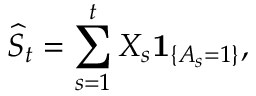
\widehat { S } _ { t } = \sum _ { s = 1 } ^ { t } X _ { s } \mathbf { 1 } _ { \{ A _ { s } = 1 \} } ,